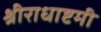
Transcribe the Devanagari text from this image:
श्रीराधाष्टमी